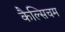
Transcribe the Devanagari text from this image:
कैल्सिचम